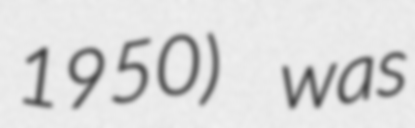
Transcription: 1950) was